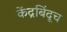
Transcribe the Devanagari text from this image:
केंद्रबिंदूच